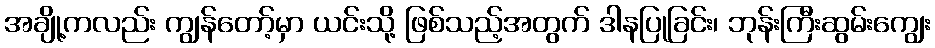
အချို့ကလည်း ကျွန်တော့်မှာ ယင်းသို့ ဖြစ်သည့်အတွက် ဒါနပြုခြင်း၊ ဘုန်းကြီးဆွမ်းကျွေး